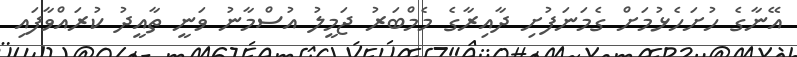
އޭނާގެ ހުށަހެޅުމަށް ގެމަނަފުށި ދާއިރާގެ މެމްބަރު ޖަމީލު އުސްމާނު ވަނީ ތާއީދު ކުރައްވާފައި